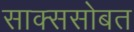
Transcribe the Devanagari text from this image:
साक्ससोबत